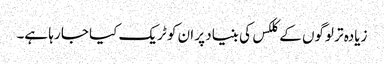
زیادہ تر لوگوں کے کلکس کی بنیاد پر ان کو ٹریک کیا جا رہا ہے۔